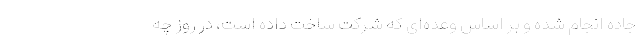
جاده انجام شده و بر اساس وعده‌ای که شرکت ساخت داده است، در روز چه